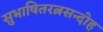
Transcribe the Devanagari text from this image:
सुभाषितरत्नसन्दोह